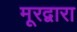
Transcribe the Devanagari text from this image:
मूरद्वारा